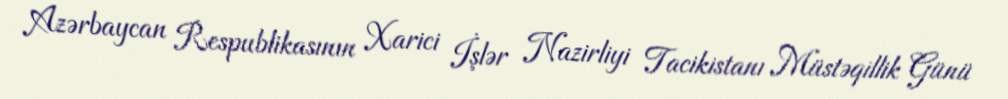
Azərbaycan Respublikasının Xarici İşlər Nazirliyi Tacikistanı Müstəqillik Günü